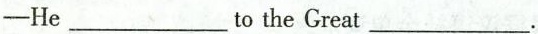
——He___to the Great___.